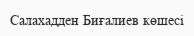
Салахадден Биғалиев көшесі